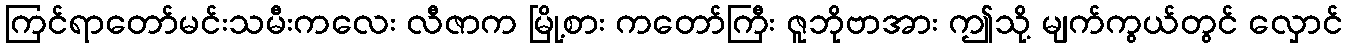
ကြင်ရာတော်မင်းသမီးကလေး လီဇာက မြို့စား ကတော်ကြီး ဇူဘိုဗာအား ဤသို့ မျက်ကွယ်တွင် လှောင်